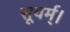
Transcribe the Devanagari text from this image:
सूयर्म्।